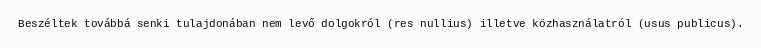
Beszéltek továbbá senki tulajdonában nem levő dolgokról (res nullius) illetve közhasználatról (usus publicus).